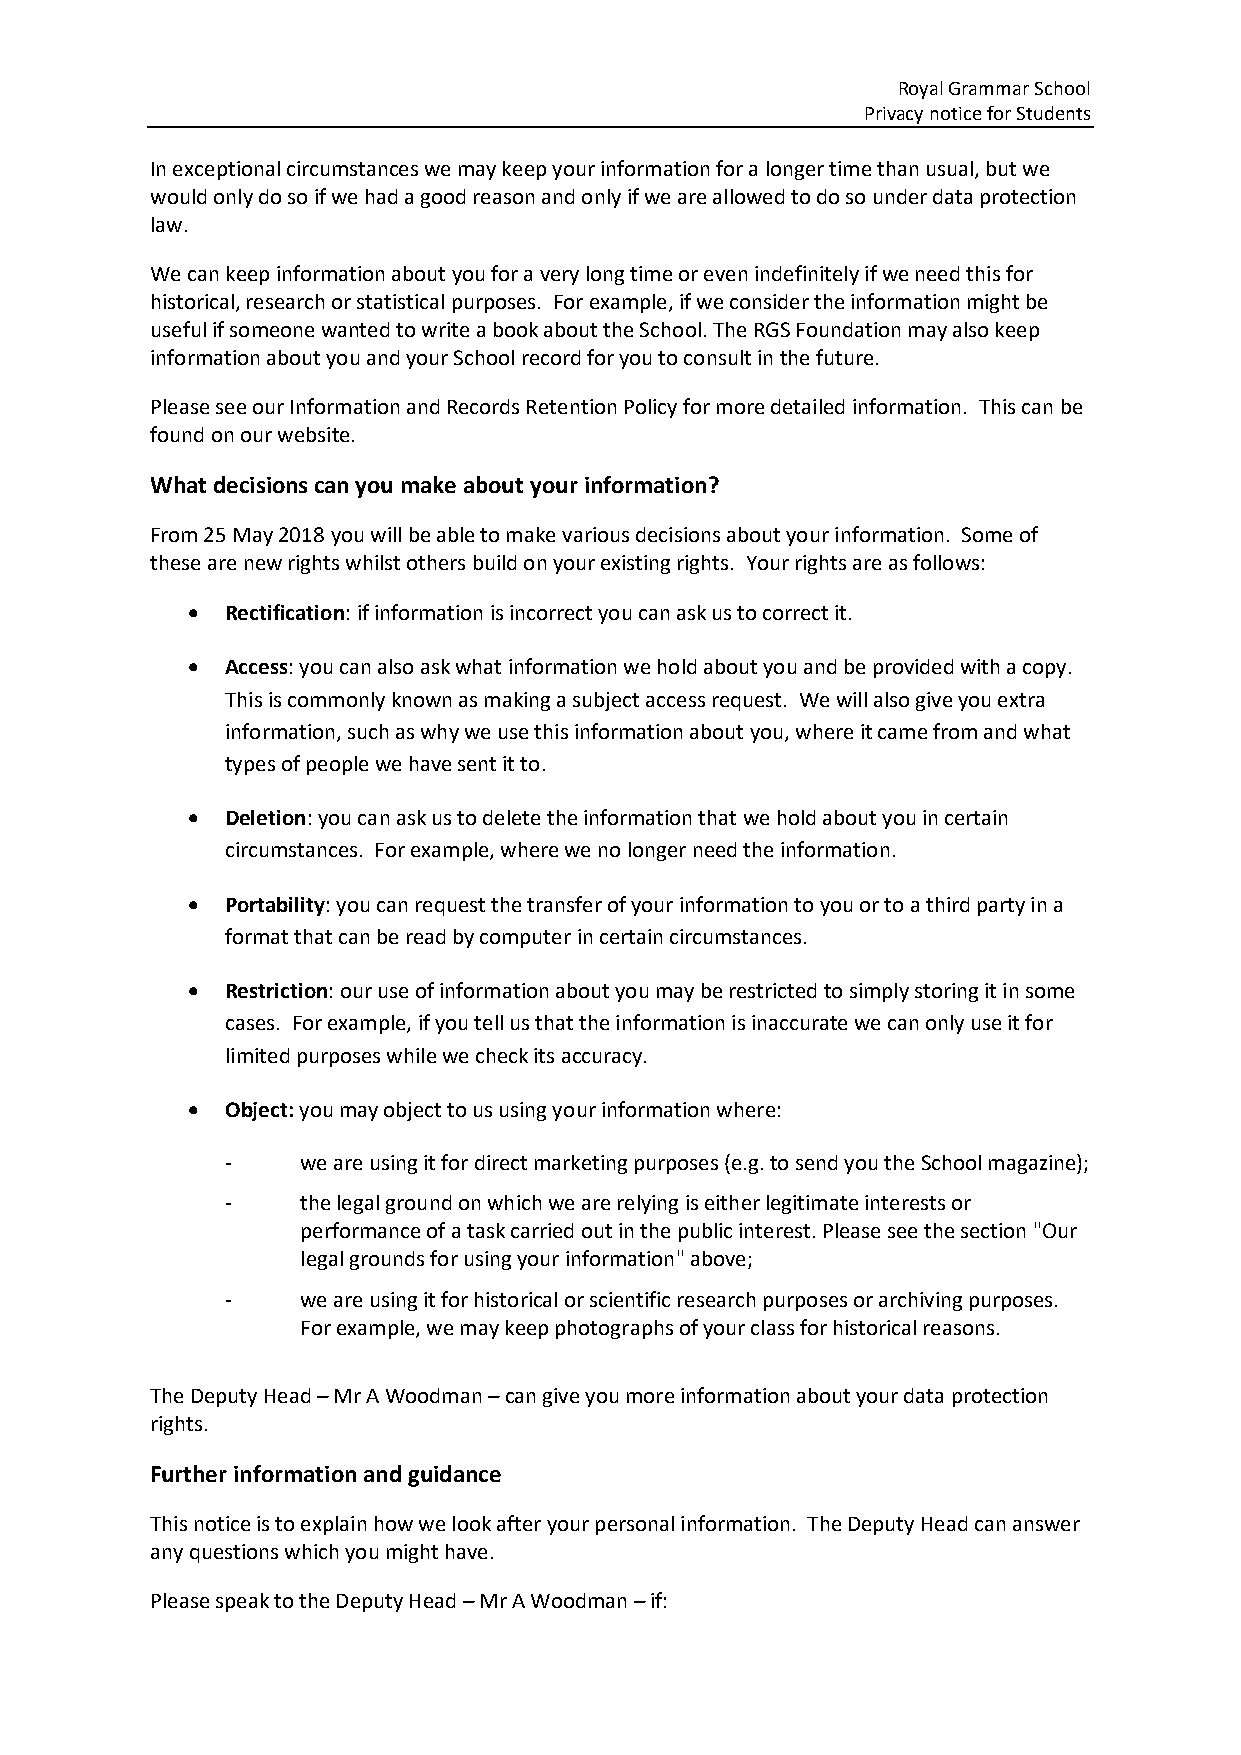
Royal Grammar School
 Privacy notice for Students
 In exceptional circumstances we may keep your information for a longer time than usual, but we
 would only do so if we had a good reason and only if we are allowed to do so under data protection
 law.
 We can keep information about you for a very long time or even indefinitely if we need this for
 historical, research or statistical purposes. For example, if we consider the information might be
 useful if someone wanted to write a book about the School. The RGS Foundation may also keep
 information about you and your School record for you to consult in the future.
 Please see our Information and Records Retention Policy for more detailed information. This can be
 found on our website.
 What decisions can you make about your information?
 From 25 May 2018 you will be able to make various decisions about your information. Some of
 these are new rights whilst others build on your existing rights. Your rights are as follows:
 •  Rectification: if information is incorrect you can ask us to correct it.
 •  Access: you can also ask what information we hold about you and be provided with a copy.
 This is commonly known as making a subject access request. We will also give you extra
 information, such as why we use this information about you, where it came from and what
 types of people we have sent it to.
 •  Deletion: you can ask us to delete the information that we hold about you in certain
 circumstances. For example, where we no longer need the information.
 •  Portability: you can request the transfer of your information to you or to a third party in a
 format that can be read by computer in certain circumstances.
 •  Restriction: our use of information about you may be restricted to simply storing it in some
 cases. For example, if you tell us that the information is inaccurate we can only use it for
 limited purposes while we check its accuracy.
 •  Object: you may object to us using your information where:
 -    we are using it for direct marketing purposes (e.g. to send you the School magazine);
 -    the legal ground on which we are relying is either legitimate interests or
 performance of a task carried out in the public interest. Please see the section "Our
 legal grounds for using your information" above;
 -    we are using it for historical or scientific research purposes or archiving purposes.
 For example, we may keep photographs of your class for historical reasons.
 The Deputy Head – Mr A Woodman – can give you more information about your data protection
 rights.
 Further information and guidance
 This notice is to explain how we look after your personal information. The Deputy Head can answer
 any questions which you might have.
 Please speak to the Deputy Head – Mr A Woodman – if: